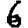
Digit: 6